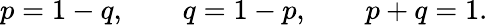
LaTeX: p=1-q,\quad\quad q=1-p,\quad\quad p+q=1.